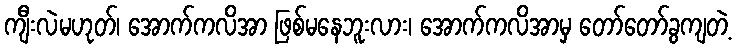
ကျီးလဲမဟုတ်၊ အောက်ကလိအာ ဖြစ်မနေဘူးလား၊ အောက်ကလိအာမှ တော်တော်ခွကျတဲ့